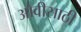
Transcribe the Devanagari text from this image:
ओवीसाठी